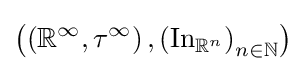
\left(\left(\mathbb {R} ^{\infty },\tau ^{\infty }\right),\left(\operatorname {In} _{\mathbb {R} ^{n}}\right)_{n\in \mathbb {N} }\right)